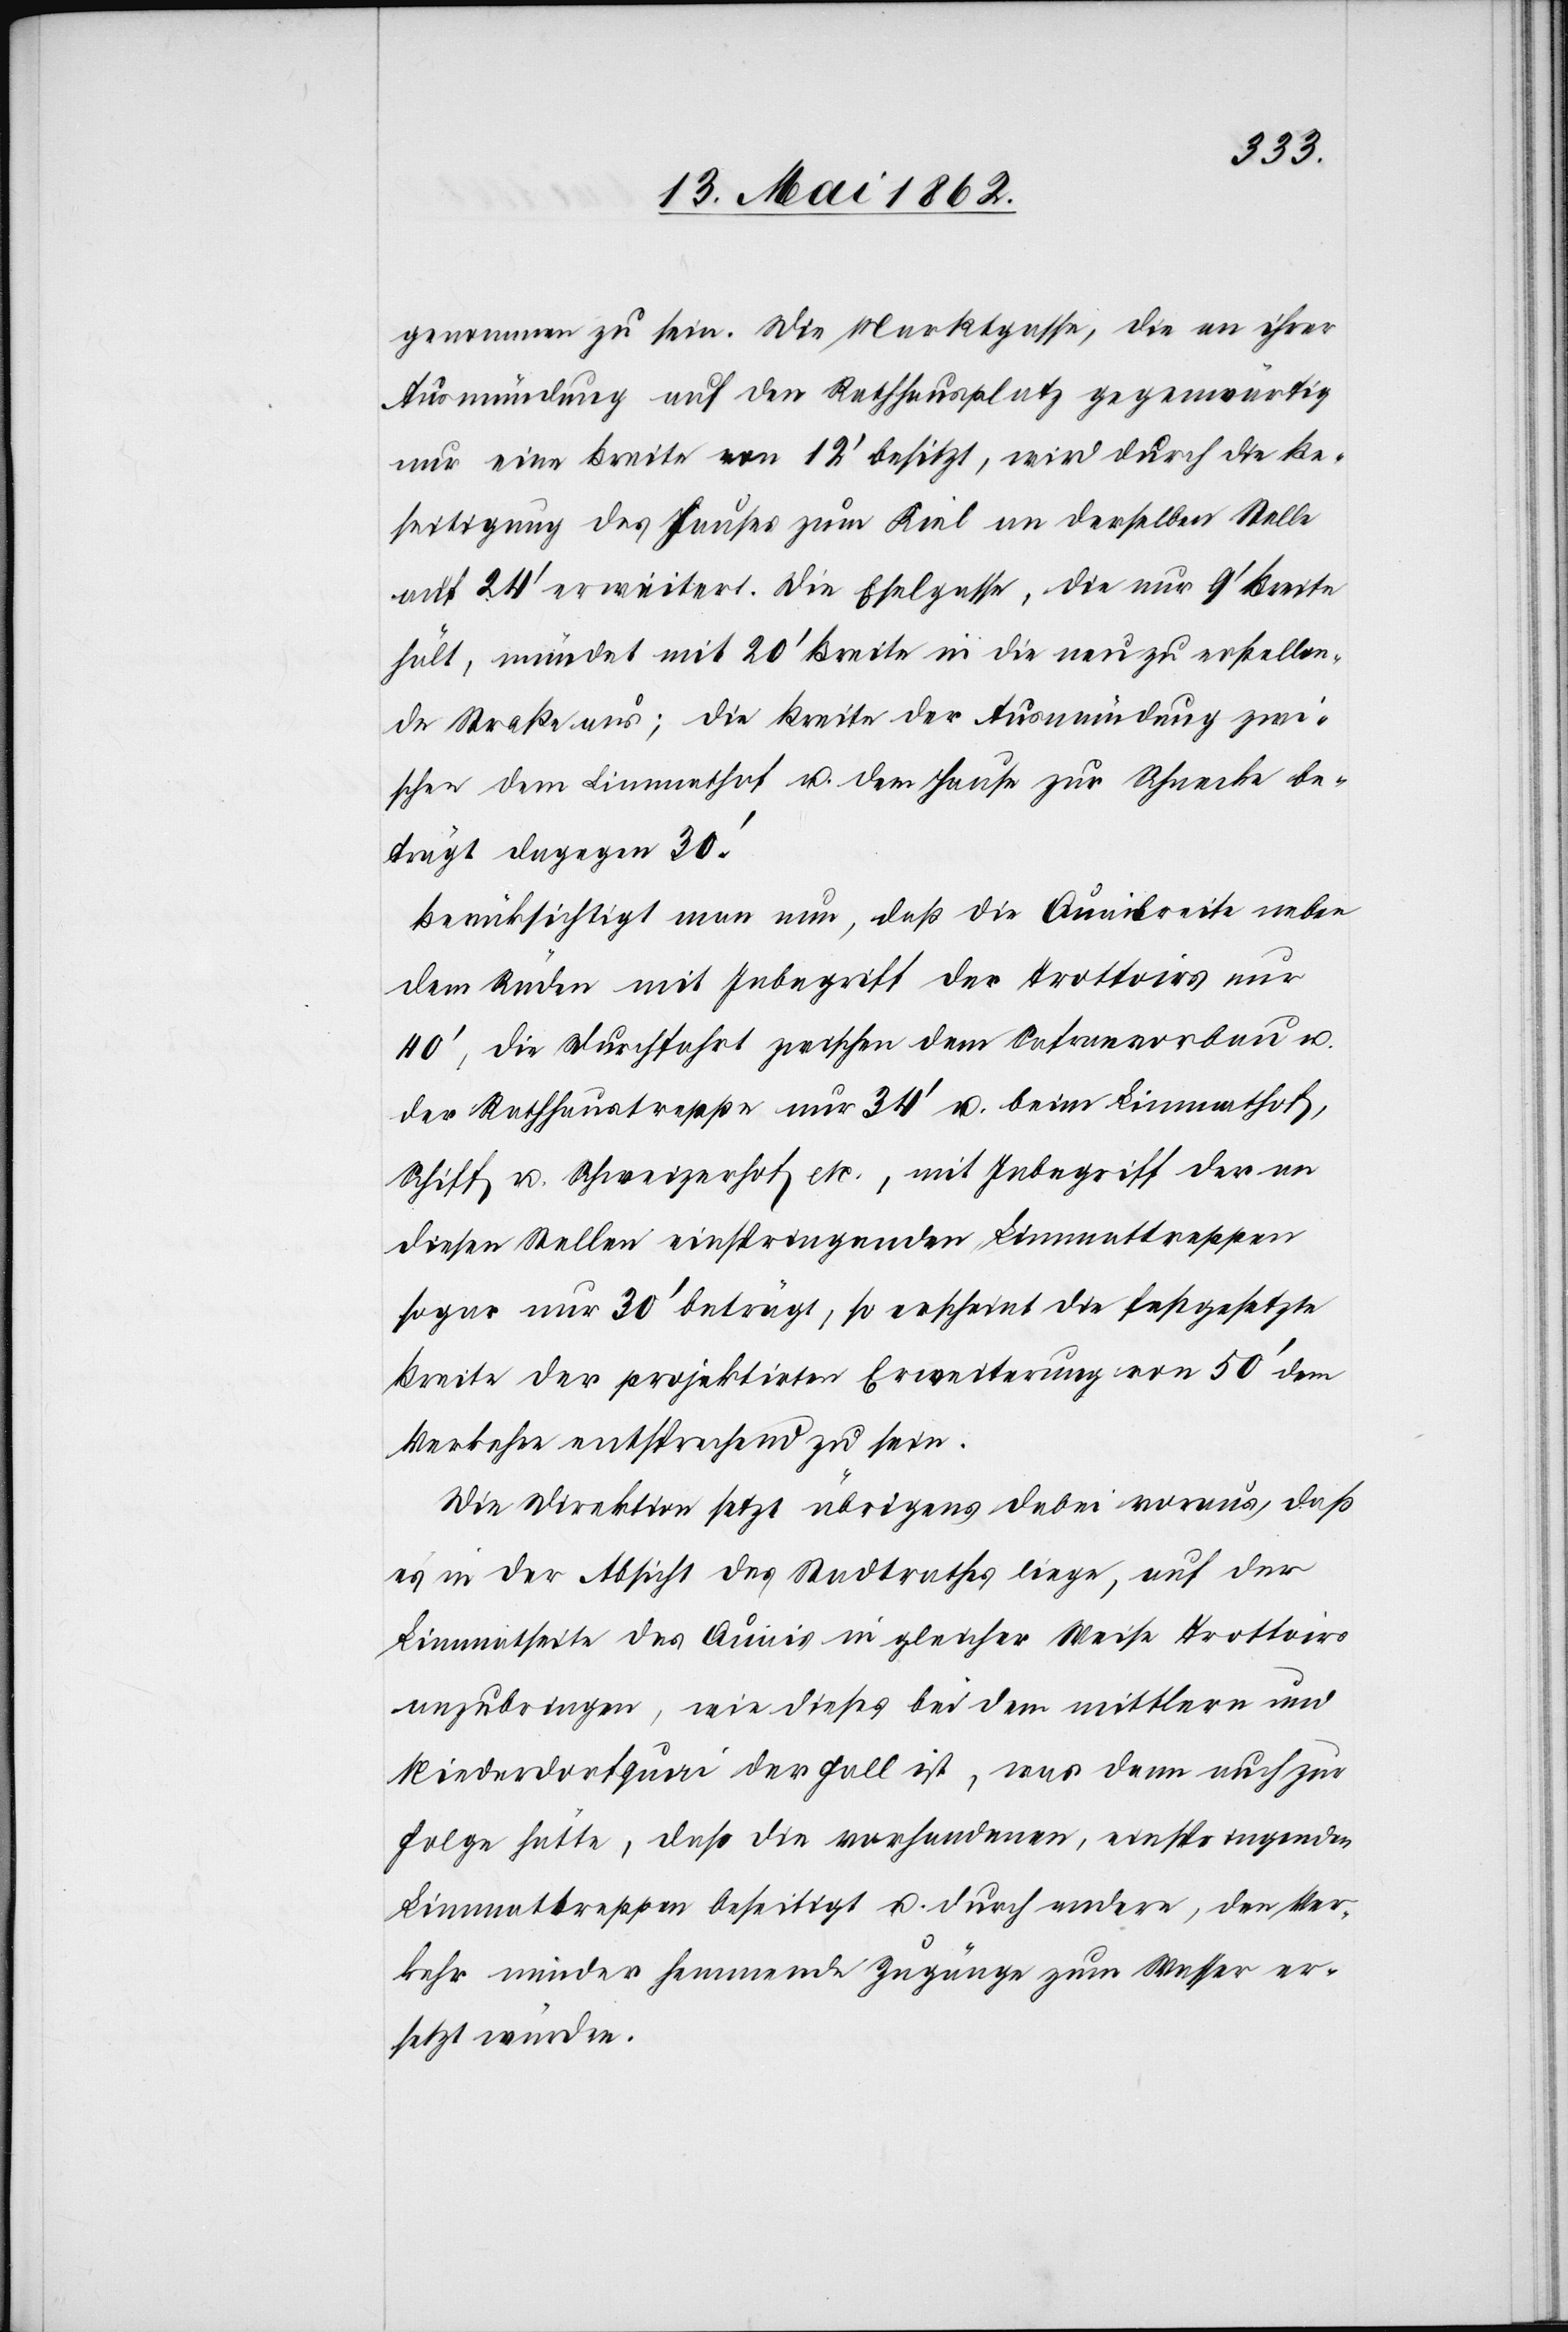
genommen zu sein. Die Marktgasse, die an ihrer
Ausmündung auf dem Rathhausplatz gegenwärtig
nur eine Breite von 12’ besitzt, wird durch die Be¬
seitigung des Hauses zum Kiel an derselben Stelle
auf 24’ erweitert. Die Eselgasse, die nur 9’ Breite
hält, mündet mit 20’ Breite in die neu zu erstellen¬
de Straße aus; die Breite der Ausmündung zwi¬
schen dem Limmathof u. dem Hause zur Schnecke be¬
trägt dagegen 30’.
Berücksichtigt man neu, daß die Quaibreite neben
dem Rüden mit Inbegriff der Trottoirs nur
40’, die Durchfahrt zwischen dem Safranvorbau u.
der Rathhaustreppe nur 34’ u. beim Limmathof,
Schiff u. Schweizerhof etc., mit Inbegriff der in
diesen Stellen einspringenden Limmattreppen
sogar nur 30’ beträgt, so erscheint die festgesetzte
Breite der projektirten Erweiterung von 50’ dem
Verkehr entsprechend zu sein.
Die Direktion setzt übrigens dabei voraus, daß
es in der Absicht des Stadtrathes liege, auf der
Limmatseite des Quais in gleicher Weise Trottoirs
anzubringen, wie dieses bei dem mittlern und
Niederdorfquai der Fall ist, was denn auch zur
Folge hätte, daß die vorhandenen, einspringenden
Limmattreppen beseitigt u. durch andere, den Ver¬
kehr minder hemmende Zugänge zum Wasser er¬
setzt würden.